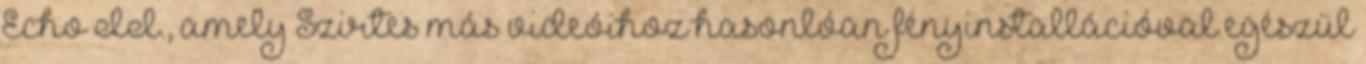
Echo II., amely Szirtes más videóihoz hasonlóan fényinstallációval egészül